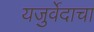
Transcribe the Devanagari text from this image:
यजुर्वेदाचा